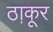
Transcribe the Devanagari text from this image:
ठा़कूर